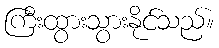
ကြီးထွားသွားနိုင်သည်။